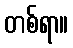
တစ်ရာ။